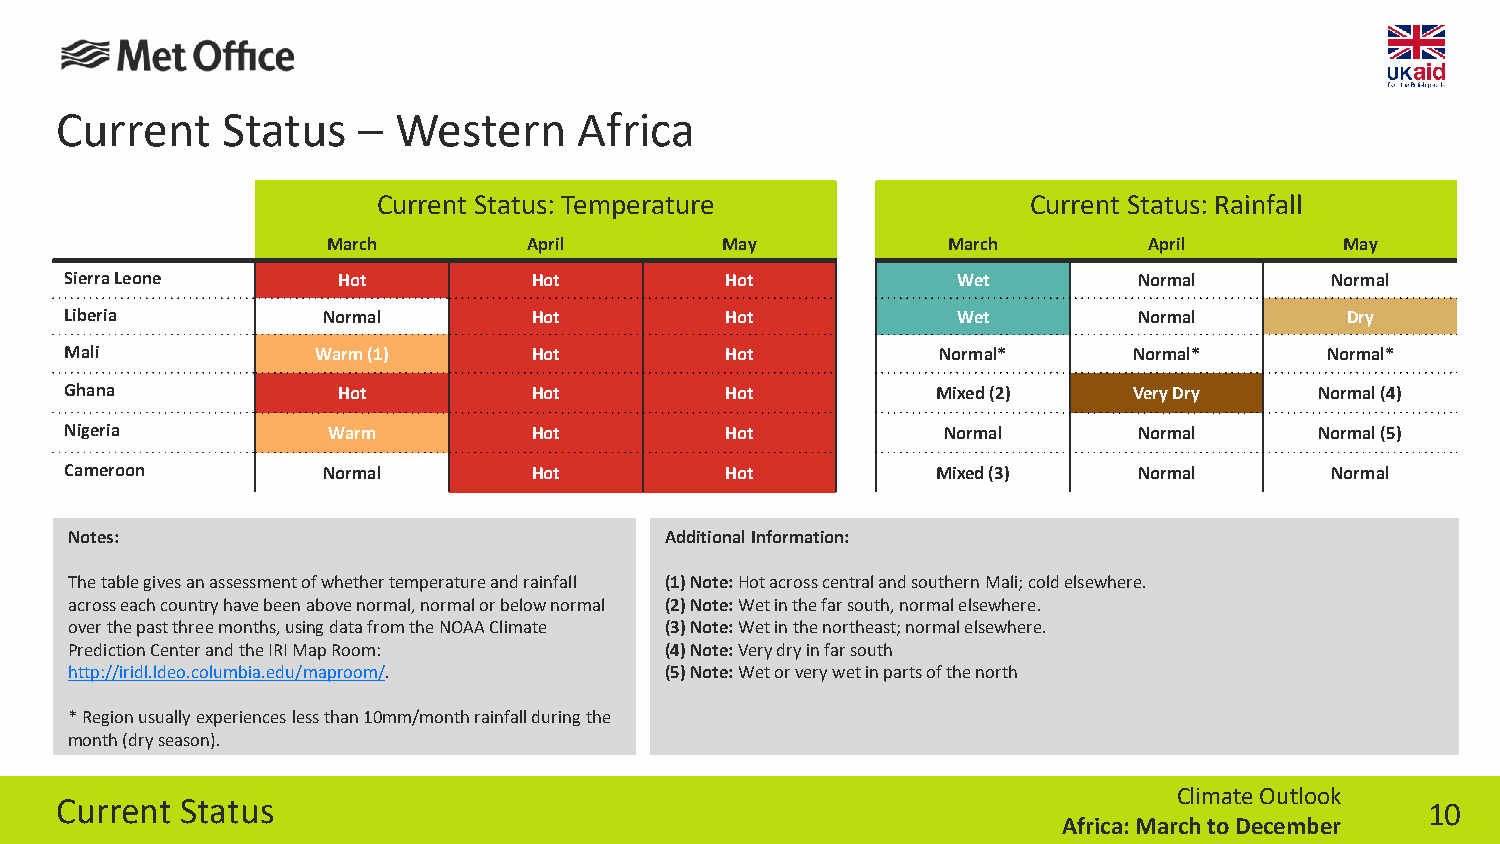
Current    Status   – Western     Africa
 Current Status: Temperature                Current Status: Rainfall
 March        April        May            March        April        May
 Sierra Leone      Hot          Hot          Hot            Wet         Normal       Normal
 Liberia          Normal        Hot          Hot            Wet         Normal        Dry
 Mali             Warm (1)      Hot          Hot           Normal*      Normal*      Normal*
 Ghana             Hot          Hot          Hot           Mixed (2)    Very Dry    Normal (4)
 Nigeria           Warm         Hot          Hot            Normal      Normal      Normal (5)
 Cameroon         Normal        Hot          Hot           Mixed (3)    Normal       Normal
 Notes:                                 Additional Information:
 The table gives an assessment of whether temperature and rainfall (1) Note:Hot across central and southern Mali; cold elsewhere.
 across each country have been above normal, normal or below normal (2) Note: Wet in the far south, normal elsewhere.
 over the past three months, using data from the NOAA Climate (3) Note: Wet in the northeast; normal elsewhere.
 Prediction Center and the IRI Map Room: (4) Note: Very dry in far south
 http://iridl.ldeo.columbia.edu/maproom/. (5) Note: Wet or very wet in parts of the north
 * Region usually experiences less than 10mm/month rainfall during the
 month (dry season).
 Climate Outlook
 Current Status                                                                             10
 Africa: March to December